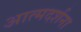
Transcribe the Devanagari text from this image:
आत्मदर्शना